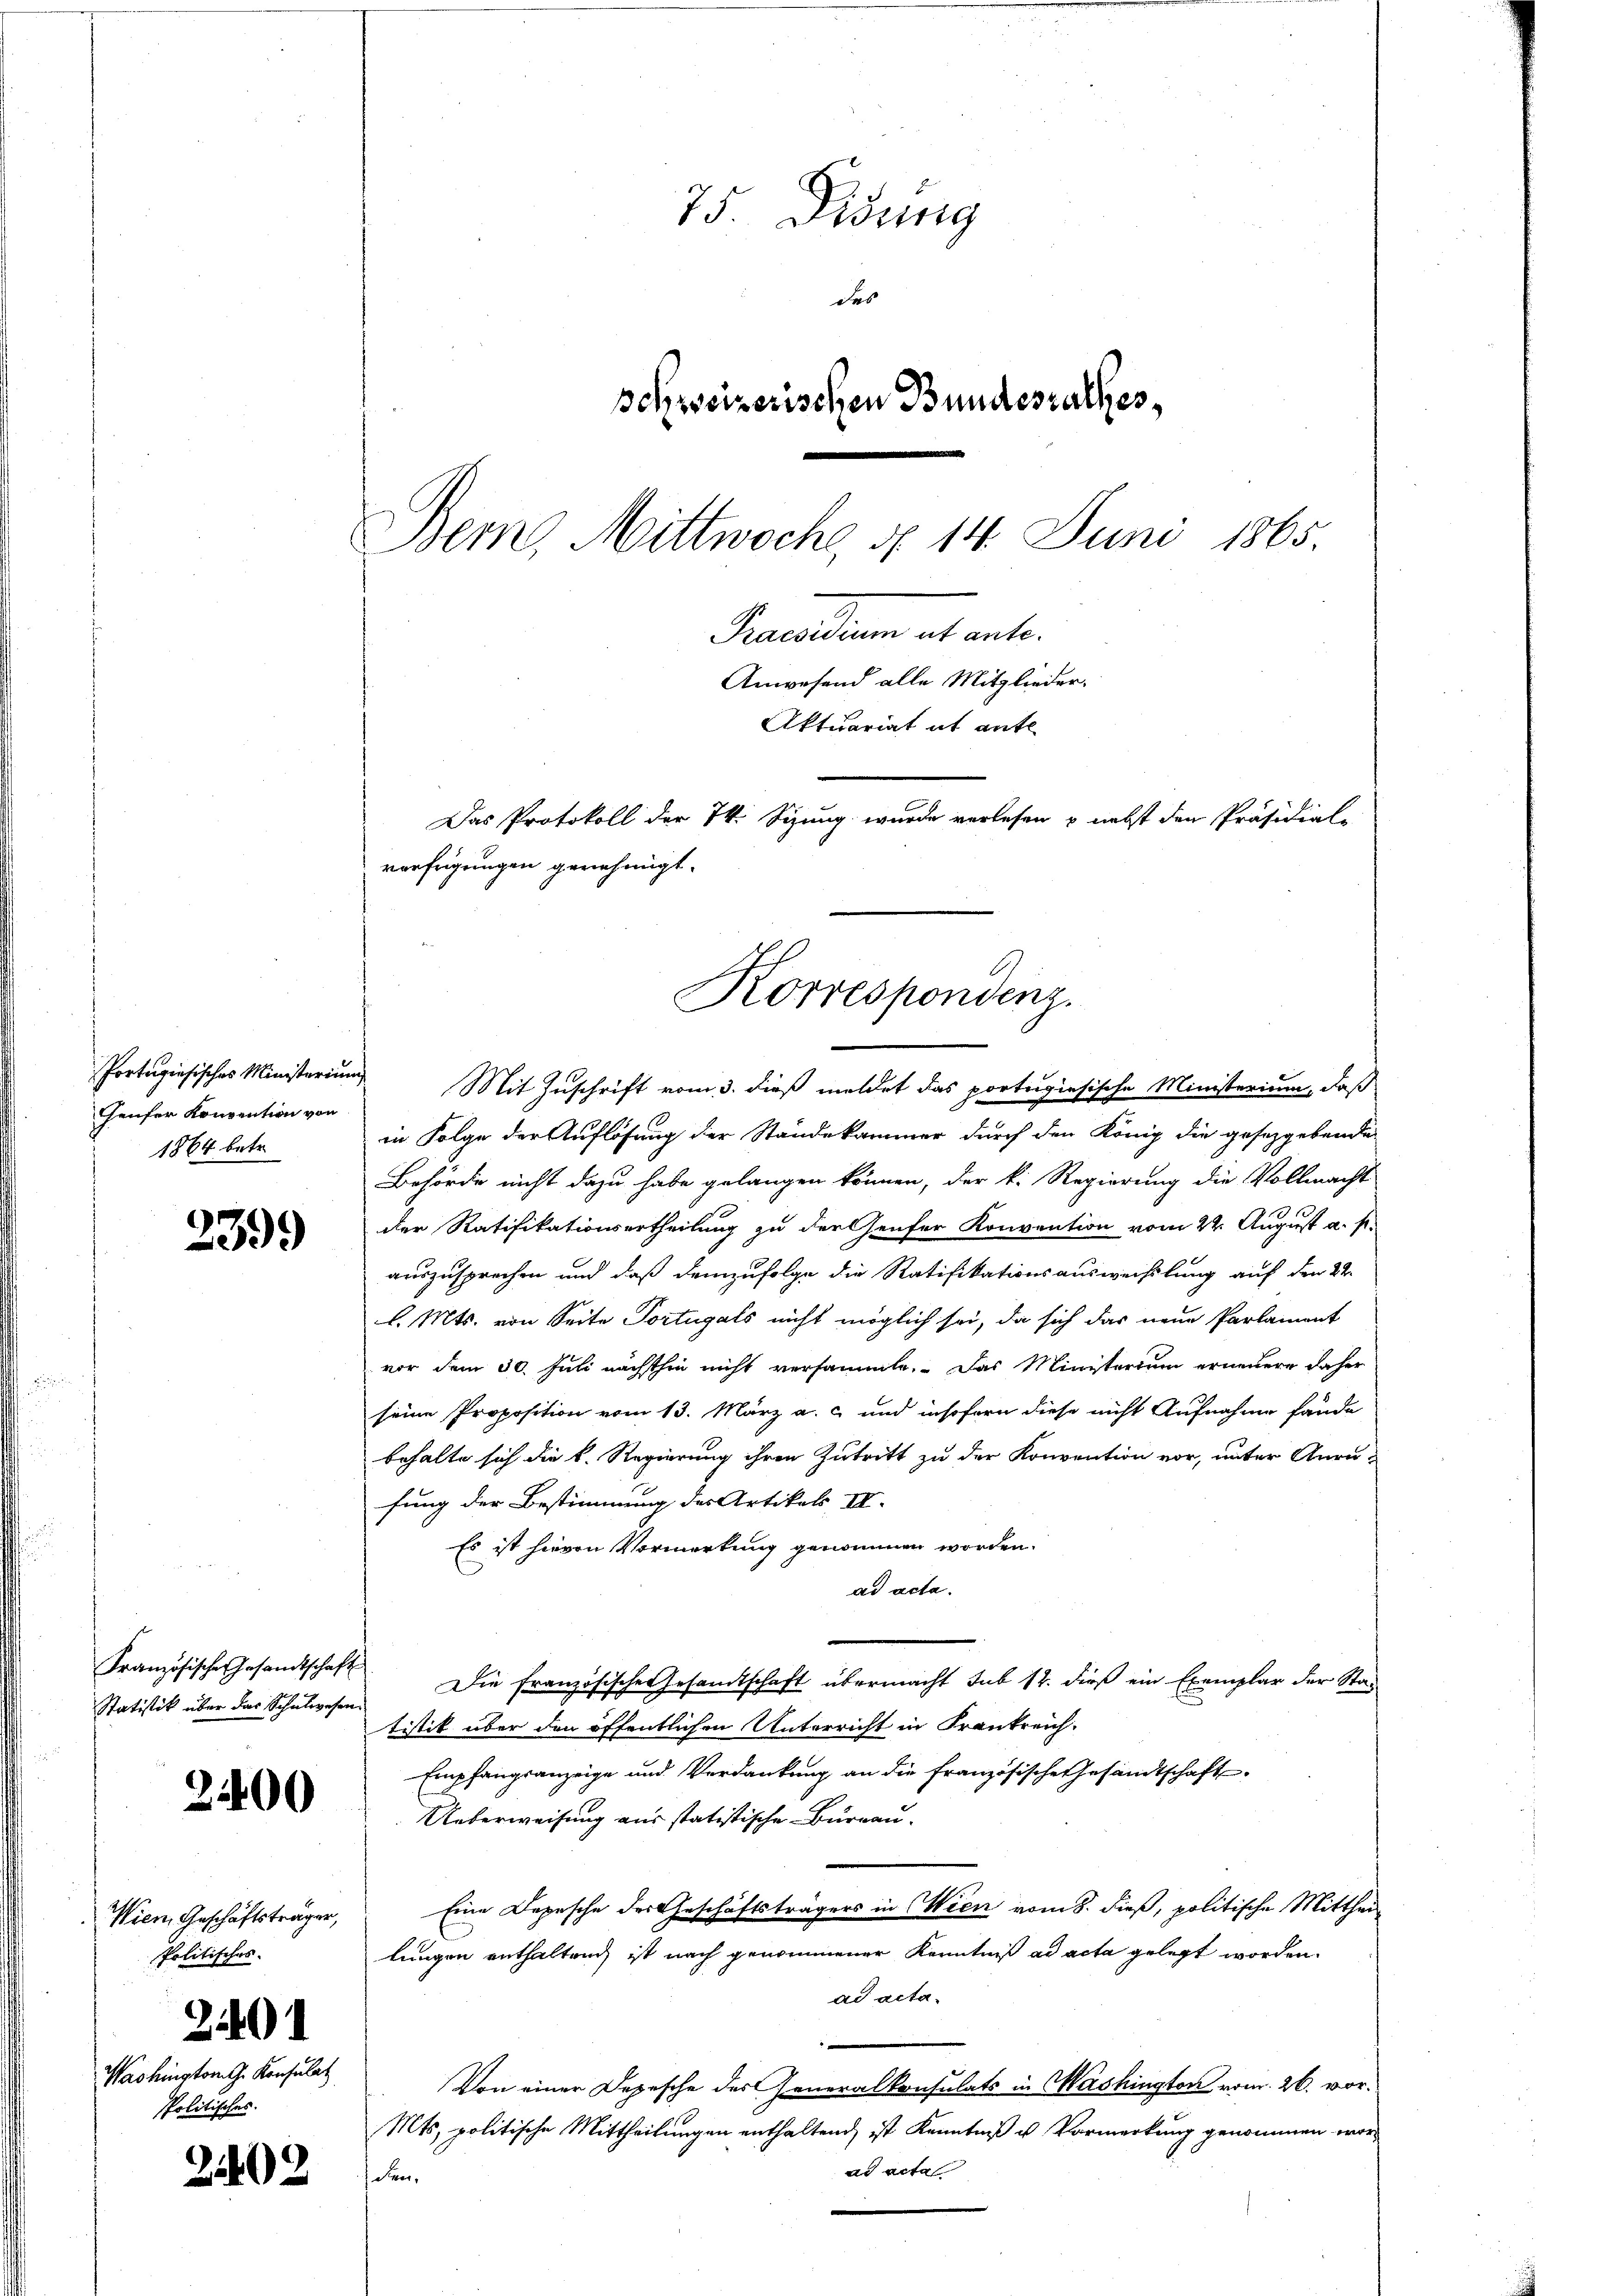
Teufer Konvention von
1864 betr.

Französische Gesandtschaft

2400

Wien Geschäftsträger,
Politisches.

2399

240

Washington G. Konsulat
Politisches.

2402

75 Didung
des
schweizerischen Bundesrathes,
Bemg Mittwoche, d. 14. Juni 1865.
Precarium et ante.
Anwesend alle Mitglieder.
Aktuariat it ante
Das Protokoll der k. Sizung wurde verlesen & nebst den Präsidial-
verfügungen genehmigt.

Portugisisches Ministerium Mit Zuschrift vom 3. dieß meldet das portugisische Ministerium, daß
in Folge der Auflösung der Ständekammer durch den König die gesetzgebende
Behörde nicht dazu habe gelangen können, der k. Regierung die Vollmacht
der Ratifikationsertheilung zu der Genfer Konvention vom 24. August a. f.
auszusprechen und daß demzufolge die Ratifikationsauswechslung auf den 22.
l. Mts. von Seite Portugals nicht möglich sei, da sich das neue Parlament
vor dem 30. Juli nächsthin nicht versammte. Das Ministerium erneuere daher
seine Proposition vom 13. März a. c. und insofern diese nicht Aufnahme fände
behalte sich die k. Regierung ihren Zutritt zu der Konvention vor, unter Anrufung der Bestimmung des Artikels II.
Es ist hievon Vorwortung genommen worden.
ad acta.
Statistik über das Schŭlwesen. Die französischer Gesandtschaft übermacht sub 12. dieß ein Exemplar der Stad
tistik über den öffentlichen Unterricht in Frankreich.
Empfangsanzeige und Verdankung an die französische Gesandtschaft
Ueberweisung aus statistische Burgau.
Eine Depesche des Geschäftsträgers in Wien vom 8. dieß, politische Mittheilungen enthalten, ist nach genommener Kenntniß ad acta gelegt worden.
ad acta¬
Von einer Depesche des Generalkonsulats in Washington vom 26. vor¬
Mts, politische Mittheilungen enthaltend, ist Kenntniß u Vormerkung genommen worad acta
Fen¬

Korrespondenz.